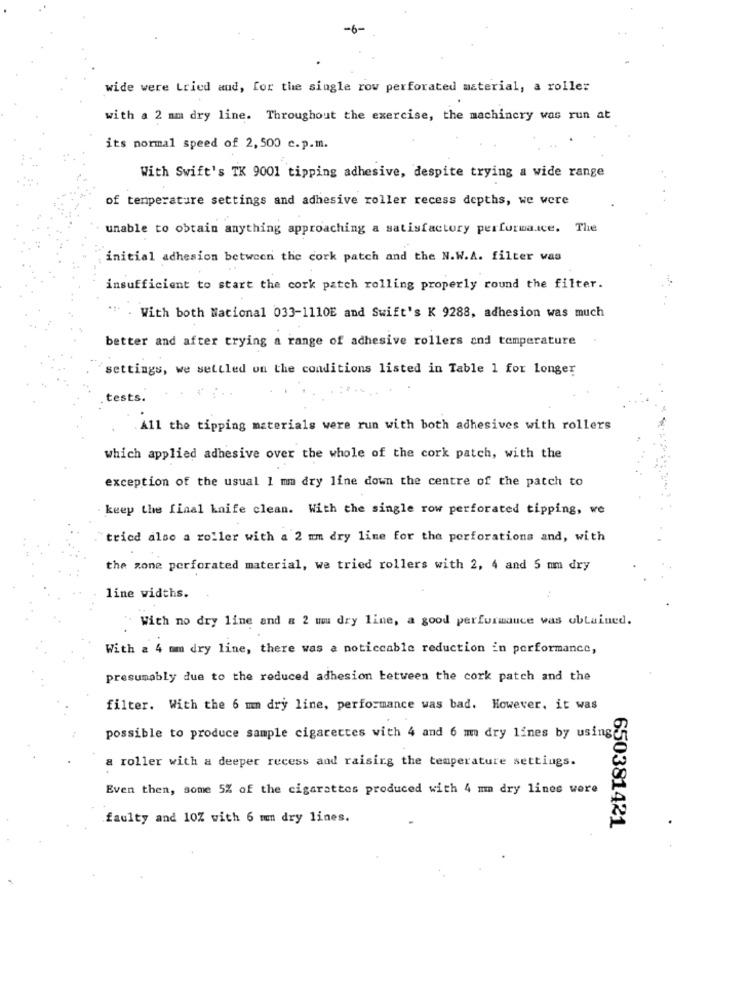
-6-
wide were Lried aud, for the single row perforated material, a roller
with a 2 mm dry line. Throughout the exercise, the machinery was run at
its normal speed of 2, 500 c.p.m.
With Swift's TK 9001 tipping adhesive, despite trying a wide range
of temperature settings and adhesive roller recess depths, we were
unable to obtain anything approaching a satisfactory performance. The
initial adhesion between the cork patch and the N.W.A. filter vas
insufficient to start the cork patch rolling properly round the filter.
. With both Nacional 033-1110E and Swift's K 9288, adhesion was much
better and after trying a range of adhesive rollers and temperature
settings, we settled on the conditions listed in Table 1 for longer
tests.
. All the tipping materials were run with both adhesives with rollers
which applied adhesive over the whole of the cork patch, with the
exception of the usual 1 mm dry line down the centre of the patch to
keep the final knife clean. With the single row perforated tipping, we
"tried also a roller with a 2 mm dry line for the perforations and, with
the zone perforated material, we tried rollers with 2, 4 and 5 mm dry
line widths.
With no dry line and a 2 um dry line, a good performance was obtained.
With a 4 mm dry line, there was a noticcable reduction in performance,
presumably due to the reduced adhesion between the cork patch and the
filter. With the 6 mm dry line, performance was bad. However, it was
possible to produce sample cigarettes with 4 and 6 mm dry lines by using
a roller with a deeper recess and raising the temperature settings.
Even then, some 5% of the cigarattos produced with 4 mm dry lines were
faulty and 10% with 6 mm dry lines.
650381421